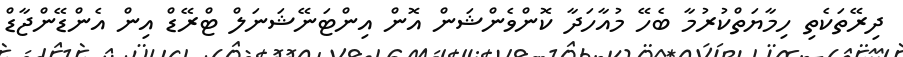
ދިރޭތަކެތި ހިމާޔަތްކުރުމާ ބެހޭ މުއާހަދާ ކޮންވެންޝަން އޮން އިންޓަނޭޝަނަލް ޓްރޭޑް އިން އެންޑޭންޖާޑް